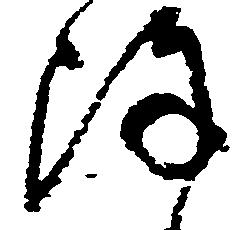
陣